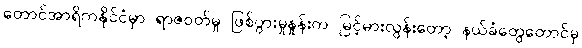
တောင်အာရိကနိုင်ငံမှာ ရာဇဝတ်မှု ဖြစ်ပွားမှုနှုန်းက မြင့်မားလွန်းတော့ နယ်ခံတွေတောင်မှ